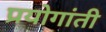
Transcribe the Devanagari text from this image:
प्रयोगांती